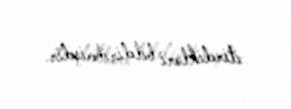
itirdikləri bildirilmişdir.